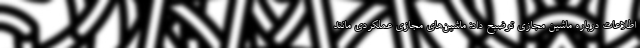
اطلاعات درباره ماشین مجازی توضیح داد: ماشین‌های مجازی عملکردی مانند